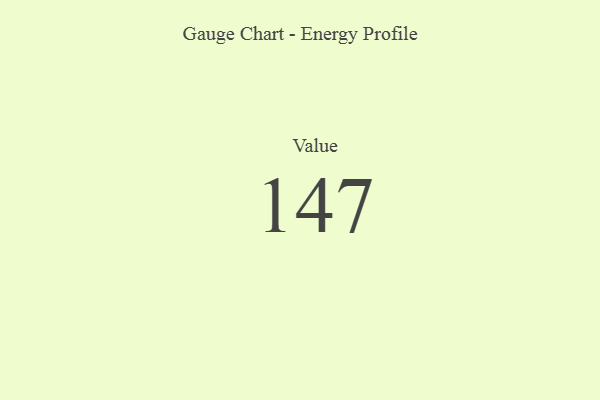
{"axis": {"x": "Metric", "y": "Value"}, "legend": [""], "data": [{"x": "Value", "y": 147, "type": ""}]}